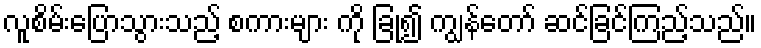
လူစိမ်းပြောသွားသည့် စကားများ ကို ခြုံ၍ ကျွန်တော် ဆင်ခြင်ကြည့်သည်။